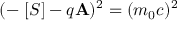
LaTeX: ( - \mathbf { \partial } [ S ] - q \mathbf { A } ) ^ { 2 } = ( m _ { 0 } c ) ^ { 2 }